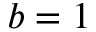
b = 1